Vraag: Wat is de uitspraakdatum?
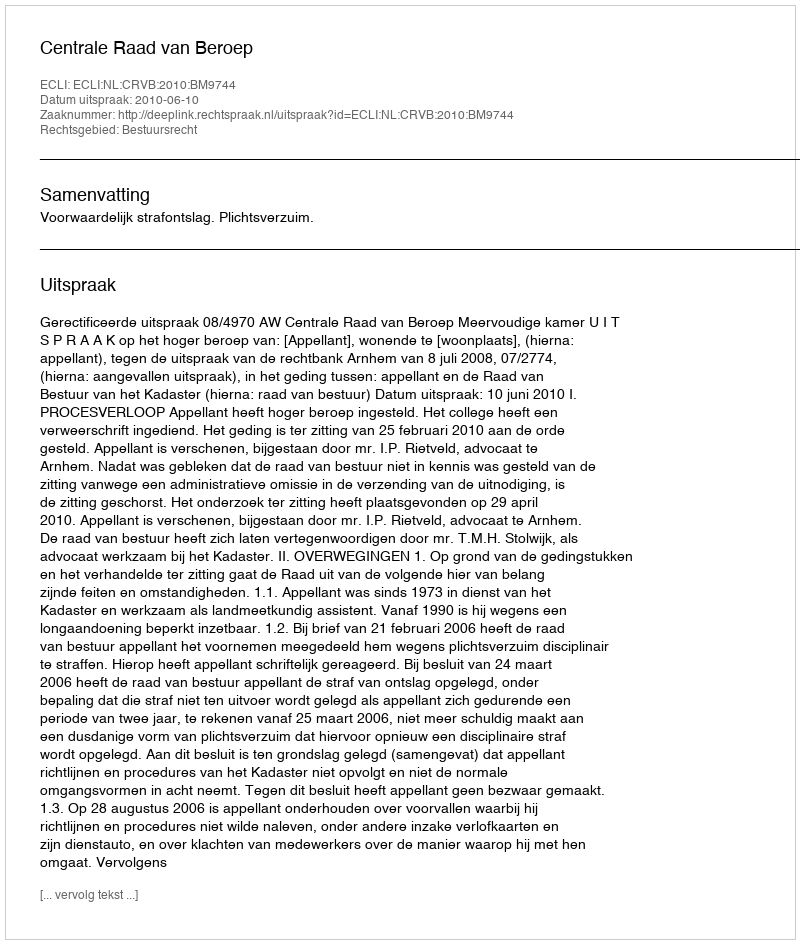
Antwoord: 2010-06-10